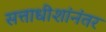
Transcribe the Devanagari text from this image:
सत्ताधीशांनंतर